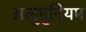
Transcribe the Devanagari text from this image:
अलुमुनियम